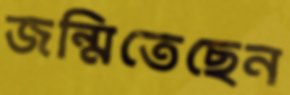
জন্মিতেছেন